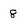
Character: 8